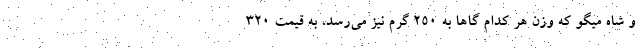
و شاه میگو که وزن هر کدام گاها به ۲۵۰ گرم نیز می‌رسد، به قیمت ۳۲۰